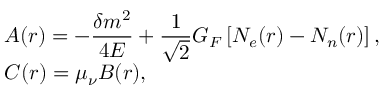
\begin{array} { l } { { A ( r ) = - \displaystyle \frac { \delta m ^ { 2 } } { 4 E } + \frac { 1 } { \sqrt { 2 } } G _ { F } \left[ N _ { e } ( r ) - N _ { n } ( r ) \right] , } } \\ { { C ( r ) = \displaystyle \mu _ { \nu } B ( r ) , } } \end{array}